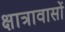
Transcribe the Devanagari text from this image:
क्षात्रावासों